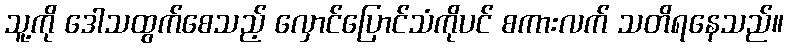
သူ့ကို ဒေါသထွက်စေသည့် လှောင်ပြောင်သံကိုပင် စကားလက် သတိရနေသည်။